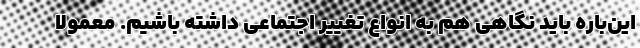
این‌باره باید نگاهی هم به انواع تغییر اجتماعی داشته باشیم. معمولا